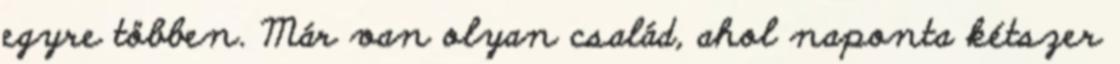
egyre többen. Már van olyan család, ahol naponta kétszer